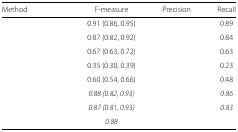
<table><thead><tr><td><b>Method</b></td><td><b>F-measure</b></td><td><b>Precision</b></td><td><b>Recall</b></td></tr></thead><tbody><tr><td>[EMPTY_CELL]</td><td>0.91 (0.86, 0.95)</td><td>[EMPTY_CELL]</td><td>0.89</td></tr><tr><td>[EMPTY_CELL]</td><td>0.87 (0.82, 0.92)</td><td>[EMPTY_CELL]</td><td>0.84</td></tr><tr><td>[EMPTY_CELL]</td><td>0.67 (0.63, 0.72)</td><td>[EMPTY_CELL]</td><td>0.63</td></tr><tr><td>[EMPTY_CELL]</td><td>0.35 (0.30, 0.39)</td><td>[EMPTY_CELL]</td><td>0.23</td></tr><tr><td>[EMPTY_CELL]</td><td>0.60 (0.54, 0.66)</td><td>[EMPTY_CELL]</td><td>0.48</td></tr><tr><td>[EMPTY_CELL]</td><td><i>0.88 (0.82, 0.93)</i></td><td>[EMPTY_CELL]</td><td><i>0.86</i></td></tr><tr><td>[EMPTY_CELL]</td><td><i>0.87 (0.81, 0.93)</i></td><td>[EMPTY_CELL]</td><td><i>0.83</i></td></tr><tr><td>[EMPTY_CELL]</td><td><i>0.88</i></td><td>[EMPTY_CELL]</td><td>[EMPTY_CELL]</td></tr></tbody></table>